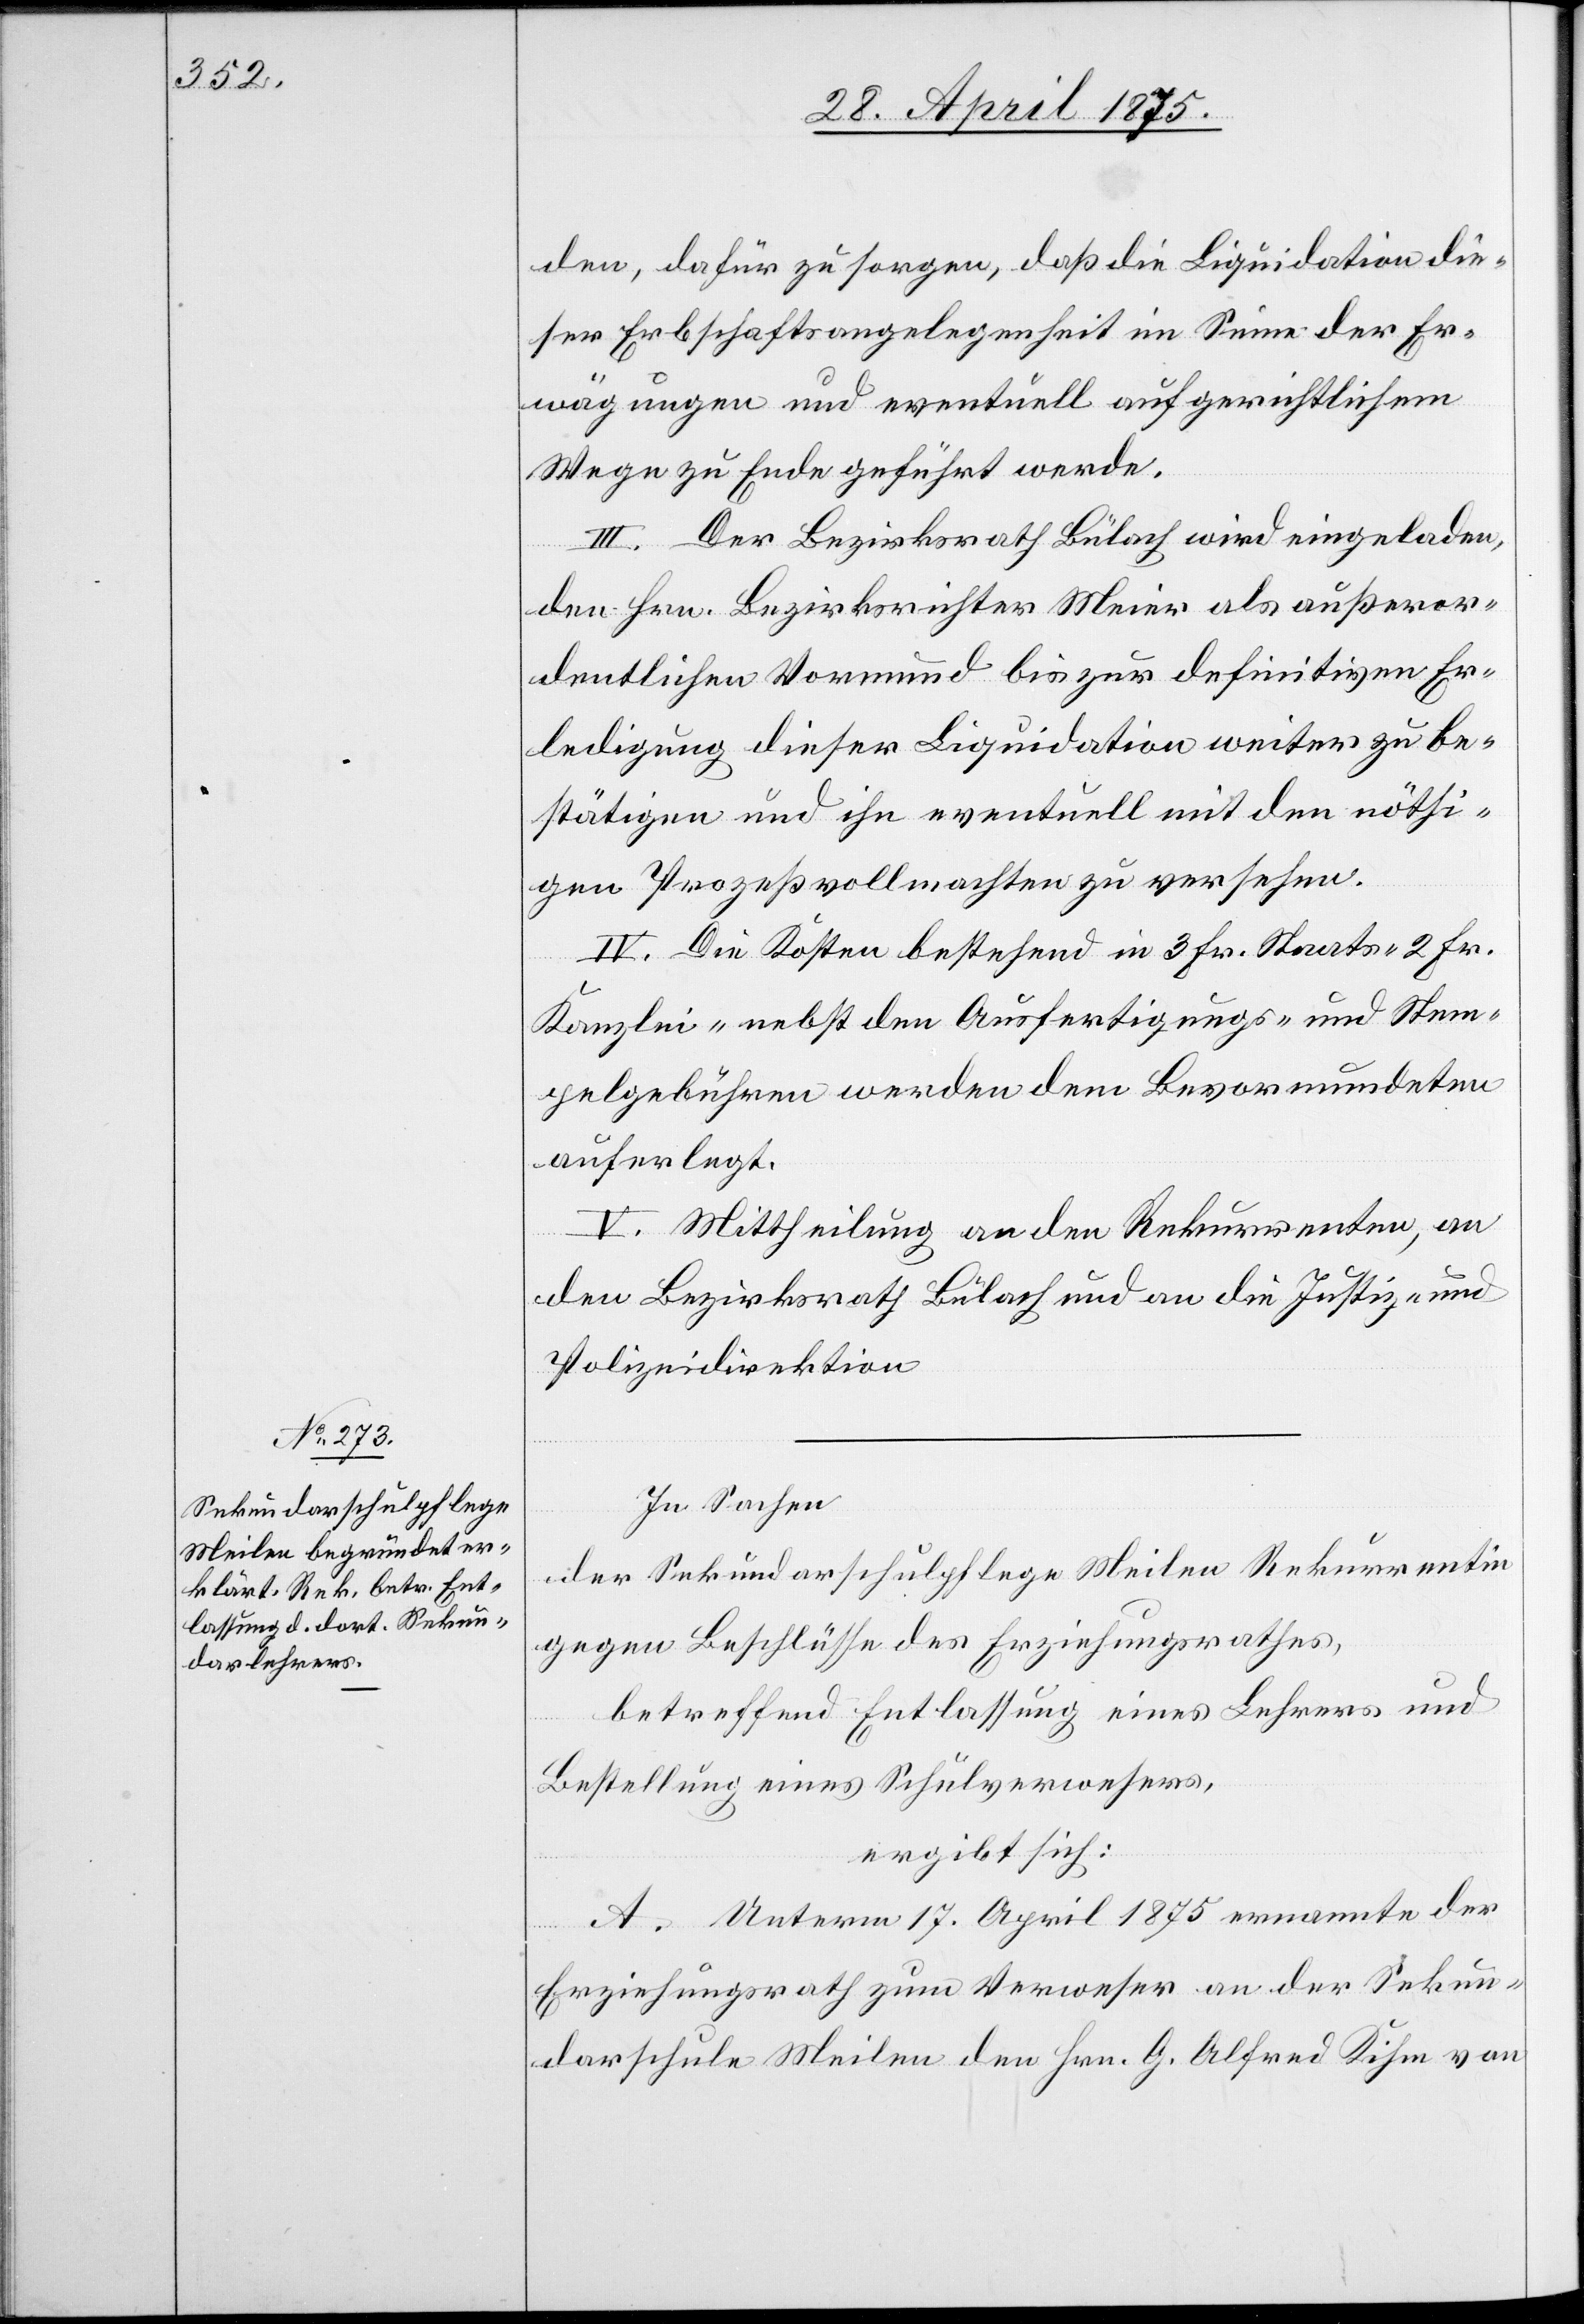
den, dafür zu sorgen, daß die Liquidation die¬
ser Erbschaftsangelegenheit im Sinne der Er¬
wägungen und eventuell auf gerichtlichem
Wege zu Ende geführt werde.
III. Der Bezirksrath Bülach wird eingeladen,
den Hrn. Bezirksrichter Meier als außeror¬
dentlichen Vormund bis zur definitiven Er¬
ledigung dieser Liquidation weiter zu be¬
stätigen und ihn eventuell mit den nöthi¬
gen Prozeßvollmachten zu versehen.
IV. Die Kosten bestehend in 3 Fr. Staats- 2 Fr.
Kanzlei- nebst den Ausfertigungs- und Stem¬
pelgebühren werden dem Bevormundeten
auferlegt.
V. Mittheilung an den Rekurrenten, an
den Bezirksrath Bülach und an die justiz- und
Polizeidirektion.
In Sachen
der Sekundarschulpflege Meilen Rekurrentin
gegen Beschlüsse des Erziehungsrathes,
betreffend Entlassung eines Lehrers und
Bestellung eines Schulverwesers,
ergibt sich:
A. Unterm 17. April 1875 ernannte der
Erziehungsrath zum Verweser an der Sekun¬
darschule Meilen den Hrn. G. Alfred Kihm von